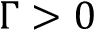
\Gamma > 0